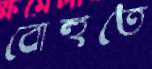
বোহুতে